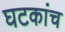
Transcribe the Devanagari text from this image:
घटकांच